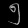
Digit: ၅